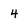
Character: 4